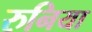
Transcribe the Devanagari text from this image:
रुनिया